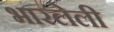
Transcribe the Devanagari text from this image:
भारलेली